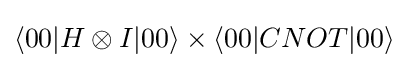
\langle 00|H\otimes I|00\rangle \times \langle 00|CNOT|00\rangle